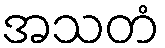
အသတံ